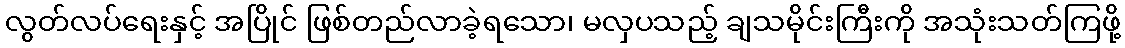
လွတ်လပ်ရေးနှင့် အပြိုင် ဖြစ်တည်လာခဲ့ရသော၊ မလှပသည့် ချသမိုင်းကြီးကို အသုံးသတ်ကြဖို့